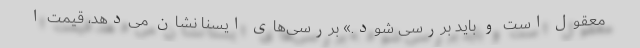
معقول است و باید بررسی شود.» بررسی‌های ایسنا نشان می‌دهد، قیمتِ ا